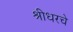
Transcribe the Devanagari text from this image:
श्रीधरचे